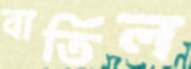
বার্তিল